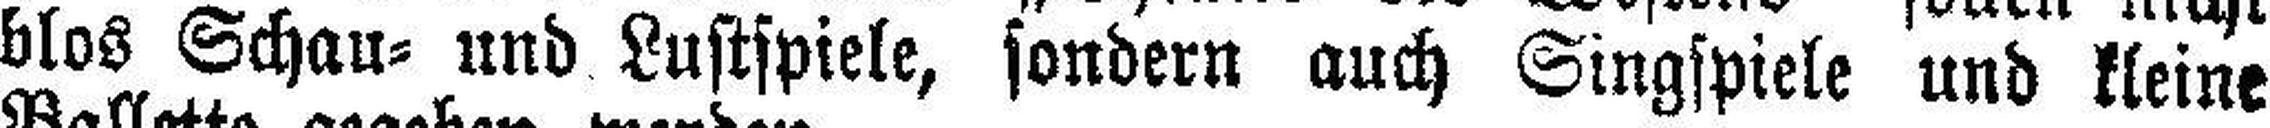
blos Schau= und Lustspiele, sondern auch Singspiele und kleine